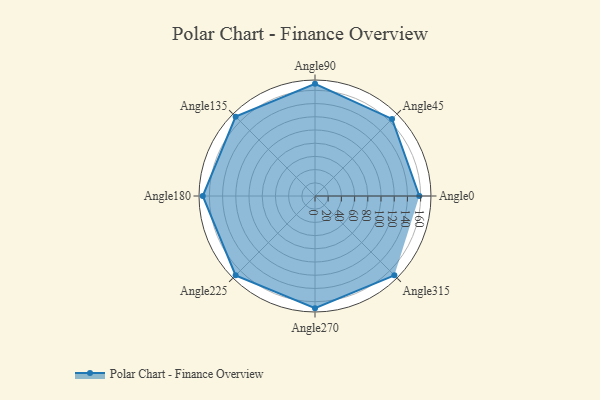
{"axis": {"x": "Angle", "y": "Radius"}, "legend": [""], "data": [{"x": "Angle0", "y": 158.0, "type": ""}, {"x": "Angle45", "y": 165.0, "type": ""}, {"x": "Angle90", "y": 170, "type": ""}, {"x": "Angle135", "y": 170, "type": ""}, {"x": "Angle180", "y": 170, "type": ""}, {"x": "Angle225", "y": 170, "type": ""}, {"x": "Angle270", "y": 170, "type": ""}, {"x": "Angle315", "y": 170, "type": ""}]}